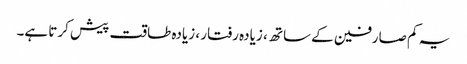
یہ کم صارفین کے ساتھ ، زیادہ رفتار ، زیادہ طاقت پیش کرتا ہے۔